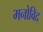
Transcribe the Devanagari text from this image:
मनोविद